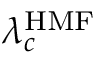
\lambda _ { c } ^ { \mathrm { H M F } }